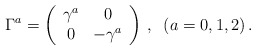
\begin{align*}\Gamma^a = \left( \begin{array}{cc} \gamma^a & 0 \\ 0 & -\gamma^a \end{array}\right) \, , \;\; (a = 0,1,2 ) \, .\end{align*}